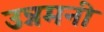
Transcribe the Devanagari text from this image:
उन्नमनी